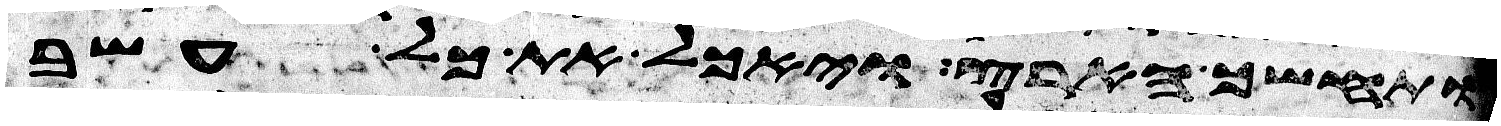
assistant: ותחשך הארץ ויאכל את כל עשב